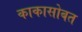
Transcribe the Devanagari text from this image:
काकासोबत